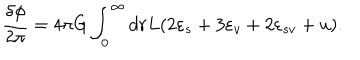
\frac { \delta \phi } { 2 \pi } = 4 \pi G \int _ { 0 } ^ { \infty } d r L ( 2 \varepsilon _ { s } + 3 \varepsilon _ { v } + 2 \varepsilon _ { s v } + u ) .